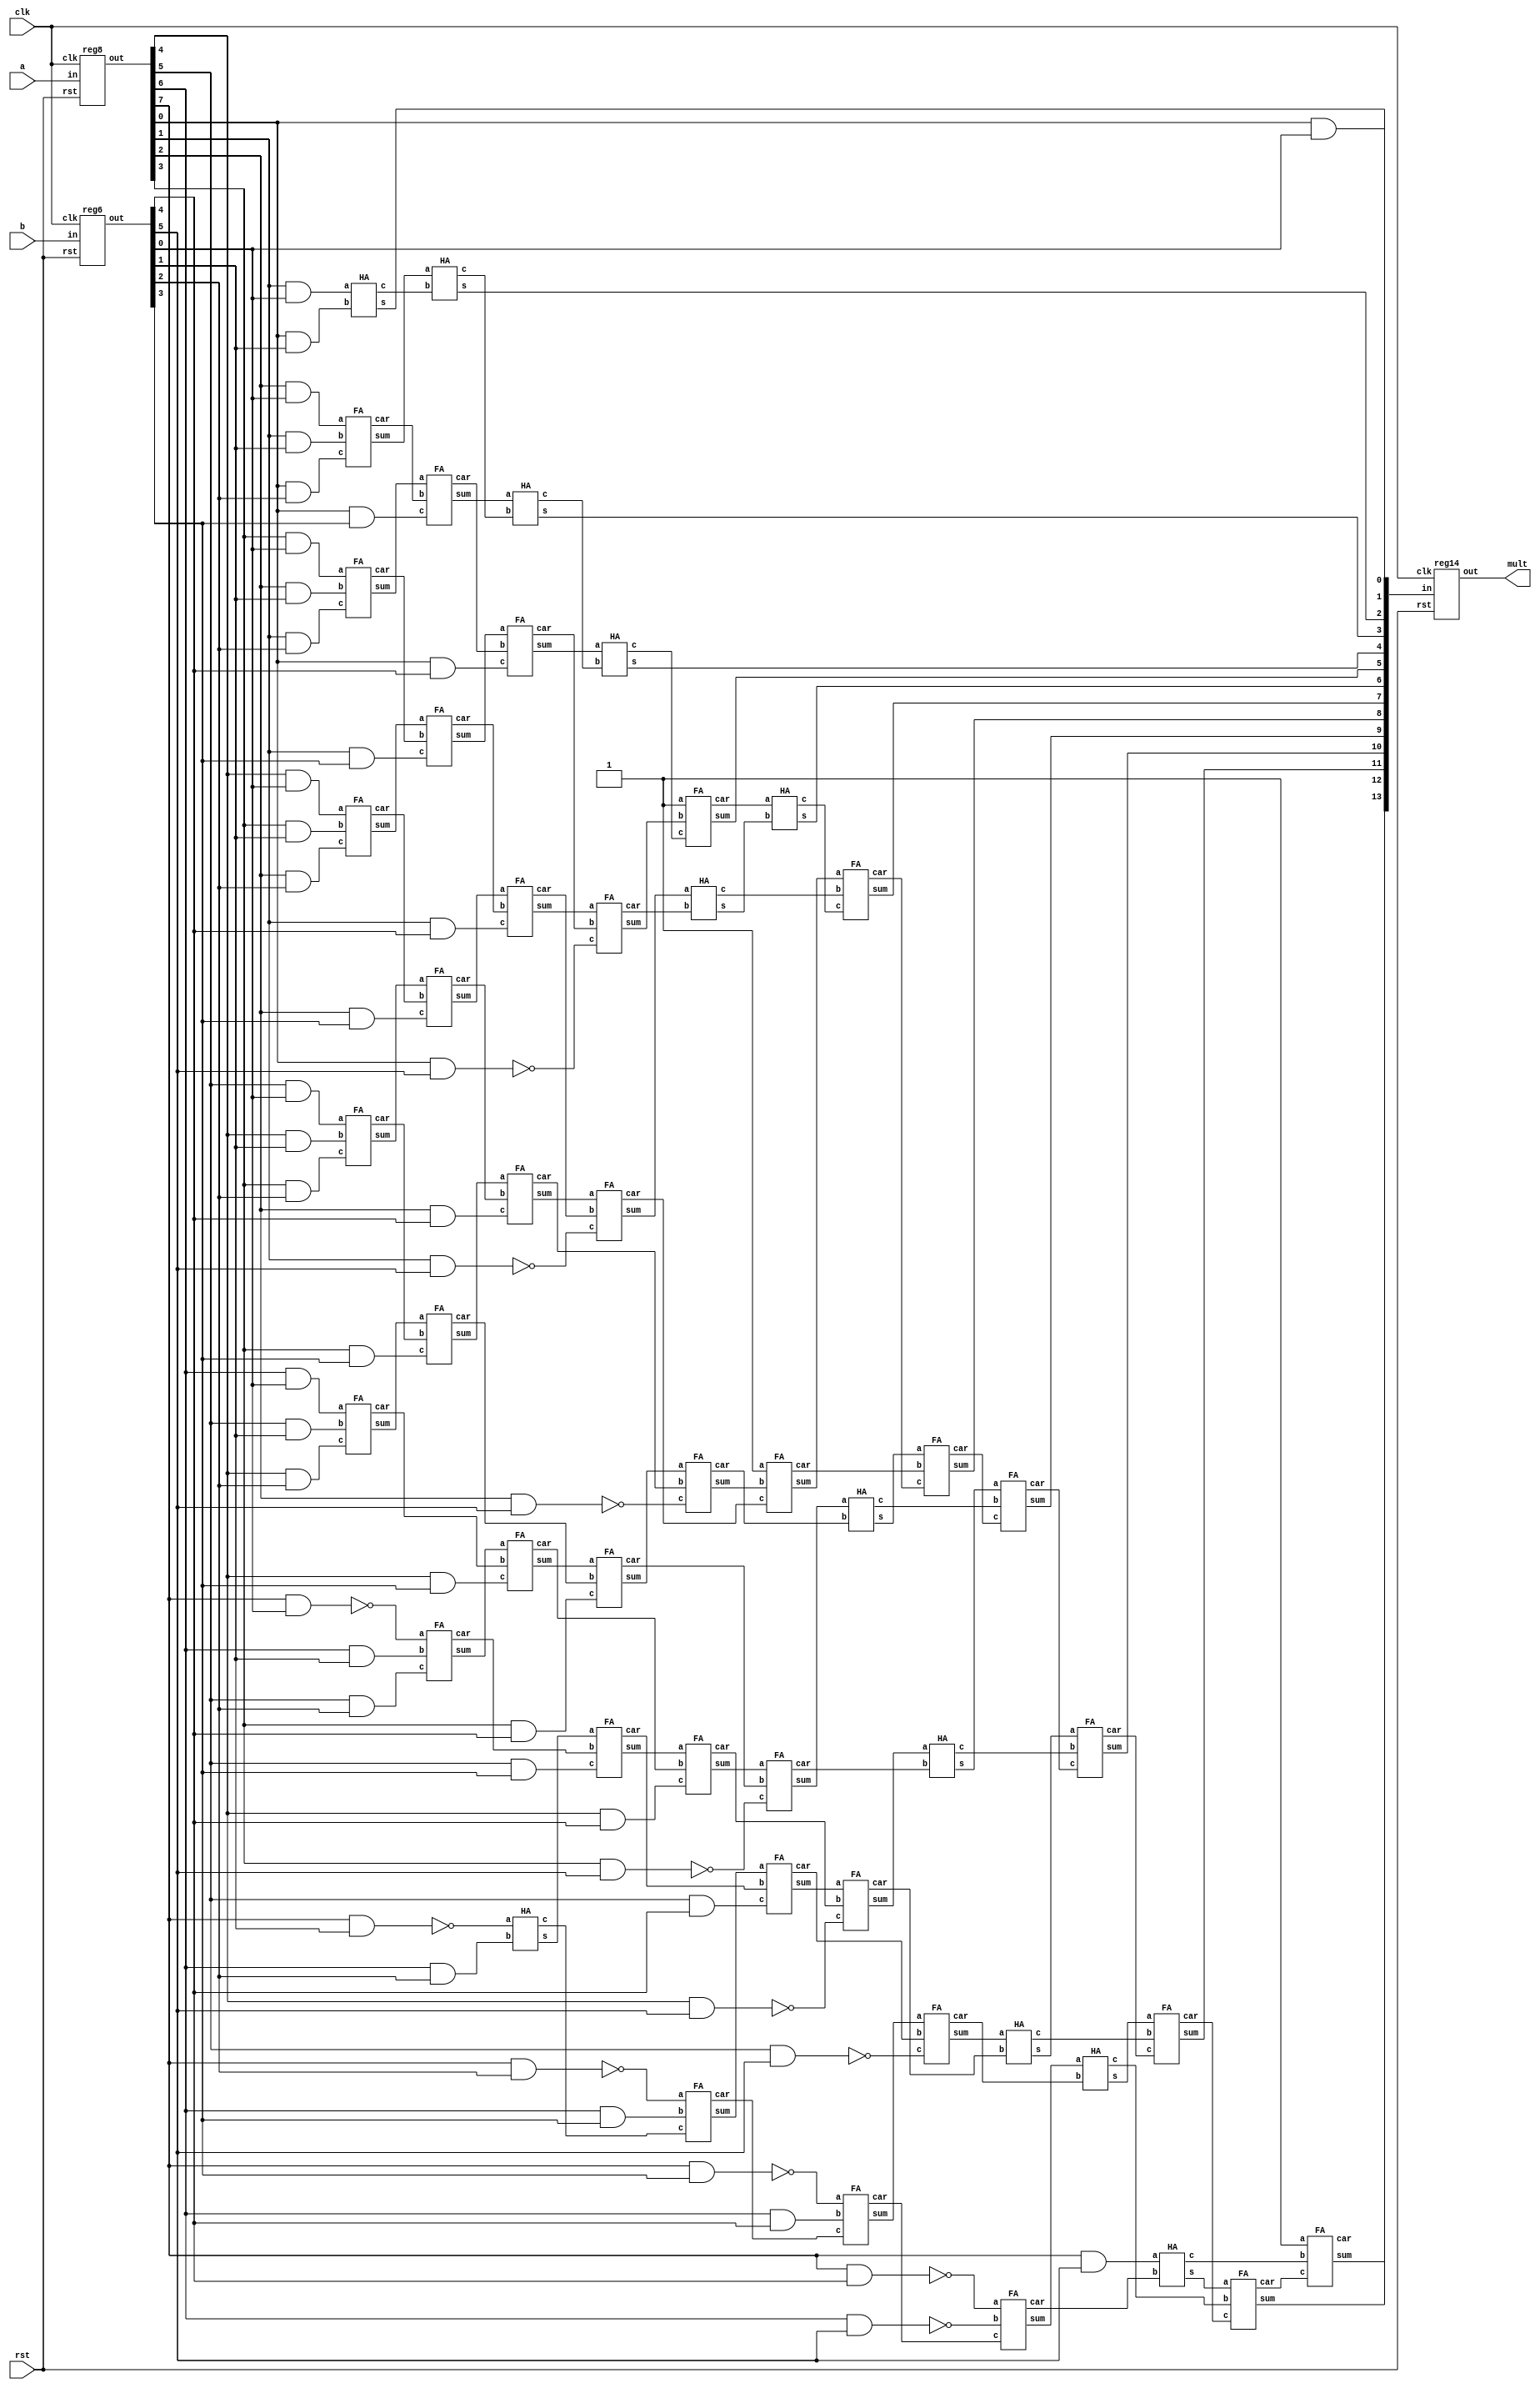
`timescale 1ns / 1ps
//////////////////////////////////////////////////////////////////////////////////
// Company: 
// Engineer: 
// 
// Design Name: 
// Module Name: baugh_wooley
// Project Name: 
// Target Devices: 
// Tool Versions: 
// Description: 
// 
// Dependencies: 
// 
// Revision:
// Revision 0.01 - File Created
// Additional Comments:
// 
//////////////////////////////////////////////////////////////////////////////////


module baugh_wooley(mult,a,b,clk,rst);

input clk, rst;
input [7:0] a;
input [5:0] b;
output [13:0] mult;

wire [7:0] x; //inputs after register
wire [5:0] y;
wire [13:0] prod; //output before register
wire [7:0] w1,w2,w3,w4,w5,w6; //for AND or NAND gates
wire [7:0] h1, h2, h3, h4, h5; // for outputs of HA
wire [6:0] f1,f2,f3,f4,f5; //for outputs of FA
wire [7:0] c1, c2, c3, c4, c5, c6; //carrys of HA
wire [6:0] fc1,fc2,fc3,fc4,fc5,fc6; //carrys of FA

reg8 r1(x,a,clk,rst); //register operations for i/p
reg6 r2(y,b,clk,rst);

assign prod[0] = x[0] & y[0];
assign w1[0] = x[1] & y[0]; //row 1
assign w1[1] = x[2] & y[0];
assign w1[2] = x[3] & y[0];
assign w1[3] = x[4] & y[0];
assign w1[4] = x[5] & y[0];
assign w1[5] = x[6] & y[0];
assign w1[6] = ~(x[7] & y[0]);

assign w2[0] = x[0] & y[1]; //row 2
assign w2[1] = x[1] & y[1];
assign w2[2] = x[2] & y[1];
assign w2[3] = x[3] & y[1];
assign w2[4] = x[4] & y[1];
assign w2[5] = x[5] & y[1];
assign w2[6] = x[6] & y[1];
assign w2[7] = ~(x[7] & y[1]);

assign w3[0] = x[0] & y[2]; //row 3
assign w3[1] = x[1] & y[2];
assign w3[2] = x[2] & y[2];
assign w3[3] = x[3] & y[2];
assign w3[4] = x[4] & y[2];
assign w3[5] = x[5] & y[2];
assign w3[6] = x[6] & y[2];
assign w3[7] = ~(x[7] & y[2]);

HA a1(prod[1],c1[0],w1[0],w2[0]); //stage 1
FA a2(f1[0],fc1[0],w1[1],w2[1],w3[0]);
FA a3(f1[1],fc1[1],w1[2],w2[2],w3[1]);
FA a4(f1[2],fc1[2],w1[3],w2[3],w3[2]);
FA a5(f1[3],fc1[3],w1[4],w2[4],w3[3]);
FA a6(f1[4],fc1[4],w1[5],w2[5],w3[4]);
FA a7(f1[5],fc1[5],w1[6],w2[6],w3[5]);
HA a8(h1[0],c1[1],w2[7],w3[6]);

assign w4[0] = x[0] & y[3]; //row4
assign w4[1] = x[1] & y[3];
assign w4[2] = x[2] & y[3];
assign w4[3] = x[3] & y[3];
assign w4[4] = x[4] & y[3];
assign w4[5] = x[5] & y[3];
assign w4[6] = x[6] & y[3];
assign w4[7] = ~(x[7] & y[3]);

HA b1(prod[2],c2[0],f1[0], c1[0]); //stage 2
FA b2(f2[0],fc2[0],f1[1],fc1[0],w4[0]);
FA b3(f2[1],fc2[1],f1[2],fc1[1],w4[1]);
FA b4(f2[2],fc2[2],f1[3],fc1[2],w4[2]);
FA b5(f2[3],fc2[3],f1[4],fc1[3],w4[3]);
FA b6(f2[4],fc2[4],f1[5],fc1[4],w4[4]);
FA b7(f2[5],fc2[5],h1[0],fc1[5],w4[5]);
FA b8(f2[6],fc2[6],w3[7],w4[6],c1[1]);

assign w5[0] = x[0] & y[4]; //row5
assign w5[1] = x[1] & y[4];
assign w5[2] = x[2] & y[4];
assign w5[3] = x[3] & y[4];
assign w5[4] = x[4] & y[4];
assign w5[5] = x[5] & y[4];
assign w5[6] = x[6] & y[4];
assign w5[7] = ~(x[7] & y[4]);

HA ac1(prod[3],c3[0],f2[0], c2[0]); //stage 3
FA ac2(f3[0],fc3[0],f2[1],fc2[0],w5[0]);
FA ac3(f3[1],fc3[1],f2[2],fc2[1],w5[1]);
FA ac4(f3[2],fc3[2],f2[3],fc2[2],w5[2]);
FA ac5(f3[3],fc3[3],f2[4],fc2[3],w5[3]);
FA ac6(f3[4],fc3[4],f2[5],fc2[4],w5[4]);
FA ac7(f3[5],fc3[5],f2[6],fc2[5],w5[5]);
FA ac8(f3[6],fc3[6],w4[7],w5[6],fc2[6]);

assign w6[0] = ~(x[0] & y[5]); //row6
assign w6[1] = ~(x[1] & y[5]);
assign w6[2] = ~(x[2] & y[5]);
assign w6[3] = ~(x[3] & y[5]);
assign w6[4] = ~(x[4] & y[5]);
assign w6[5] = ~(x[5] & y[5]);
assign w6[6] = ~(x[6] & y[5]);
assign w6[7] = x[7] & y[5];

HA d1(prod[4],c4[0],f3[0], c3[0]); //stage 4
FA d2(f4[0],fc4[0],f3[1],fc3[0],w6[0]);
FA d3(f4[1],fc4[1],f3[2],fc3[1],w6[1]);
FA d4(f4[2],fc4[2],f3[3],fc3[2],w6[2]);
FA d5(f4[3],fc4[3],f3[4],fc3[3],w6[3]);
FA d6(f4[4],fc4[4],f3[5],fc3[4],w6[4]);
FA d7(f4[5],fc4[5],f3[6],fc3[5],w6[5]);
FA d8(f4[6],fc4[6],w5[7],w6[6],fc3[6]);

FA e1(prod[5],fc5[0], 1'b1, f4[0], c4[0]); //stage 5
HA e2(h5[0],c5[0], f4[1] ,fc4[0]);
FA e3(f5[1] ,fc5[1] ,1'b1 ,f4[2] ,fc4[1]);
HA e4(h5[1],c5[1], f4[3] ,fc4[2]);
HA e5(h5[2],c5[2], f4[4] ,fc4[3]);
HA e6(h5[3],c5[3], f4[5] ,fc4[4]);
HA e7(h5[4],c5[4], f4[6] ,fc4[5]);
HA e8(h5[5],c5[5], w6[7] ,fc4[6]);

// fast carry-propagate adder using full-adder
HA af1(prod[6], c6[0], fc5[0], h5[0]);
FA af2(prod[7], fc6[0], f5[1], c5[0], c6[0]);
FA af3(prod[8], fc6[1], h5[1], fc5[1], fc6[0]);
FA af4(prod[9], fc6[2], h5[2], c5[1], fc6[1]);
FA af5(prod[10], fc6[3], h5[3], c5[2], fc6[2]);
FA af6(prod[11], fc6[4], h5[4], c5[3], fc6[3]);
FA af7(prod[12], fc6[5], h5[5], c5[4], fc6[4]);
FA af8(prod[13], fc6[6], 1'b1, c5[5], fc6[5]);

reg14 r3(mult,prod,clk,rst); //register operations for o/p

endmodule

module HA(s,c,a,b);

input a,b;
output s,c;

assign s = a^b;
assign c = a&b;

endmodule



module FA(sum,car,a,b,c);

input a,b,c;
output sum,car;

assign sum = (a^b^c);
assign car = ((a&b)|(b&c)|(c&a));

endmodule

module d_ff(q,d,clk,rst);

input d,clk,rst;
output reg q;

always @(posedge clk)
begin
 if(rst==1'b1)
  q <= 1'b0;
 else
  q <= d;
end

endmodule

module reg8(out,in,clk,rst);

input [7:0] in;
input clk, rst;
output [7:0] out;

d_ff a0(out[0],in[0],clk,rst);
d_ff a1(out[1],in[1],clk,rst);
d_ff a2(out[2],in[2],clk,rst);
d_ff a3(out[3],in[3],clk,rst);
d_ff a4(out[4],in[4],clk,rst);
d_ff a5(out[5],in[5],clk,rst);
d_ff a6(out[6],in[6],clk,rst);
d_ff a7(out[7],in[7],clk,rst);

//module d_ff(q,d,clk,rst);

endmodule

module reg6(out,in,clk,rst);

input [5:0] in;
input clk, rst;
output [5:0] out;

d_ff a0(out[0],in[0],clk,rst);
d_ff a1(out[1],in[1],clk,rst);
d_ff a2(out[2],in[2],clk,rst);
d_ff a3(out[3],in[3],clk,rst);
d_ff a4(out[4],in[4],clk,rst);
d_ff a5(out[5],in[5],clk,rst);

//module d_ff(q,d,clk,rst);

endmodule



module reg14(out,in,clk,rst);

input [13:0] in;
input clk, rst;
output [13:0] out;

d_ff a0(out[0],in[0],clk,rst);
d_ff a1(out[1],in[1],clk,rst);
d_ff a2(out[2],in[2],clk,rst);
d_ff a3(out[3],in[3],clk,rst);
d_ff a4(out[4],in[4],clk,rst);
d_ff a5(out[5],in[5],clk,rst);
d_ff a6(out[6],in[6],clk,rst);
d_ff a7(out[7],in[7],clk,rst);
d_ff a8(out[8],in[8],clk,rst);
d_ff a9(out[9],in[9],clk,rst);
d_ff a10(out[10],in[10],clk,rst);
d_ff a11(out[11],in[11],clk,rst);
d_ff a12(out[12],in[12],clk,rst);
d_ff a13(out[13],in[13],clk,rst);

//module d_ff(q,d,clk,rst);

endmodule